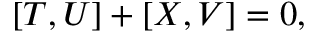
[ { \cal T } , { \cal U } ] + [ { \cal X } , { \cal V } ] = 0 ,